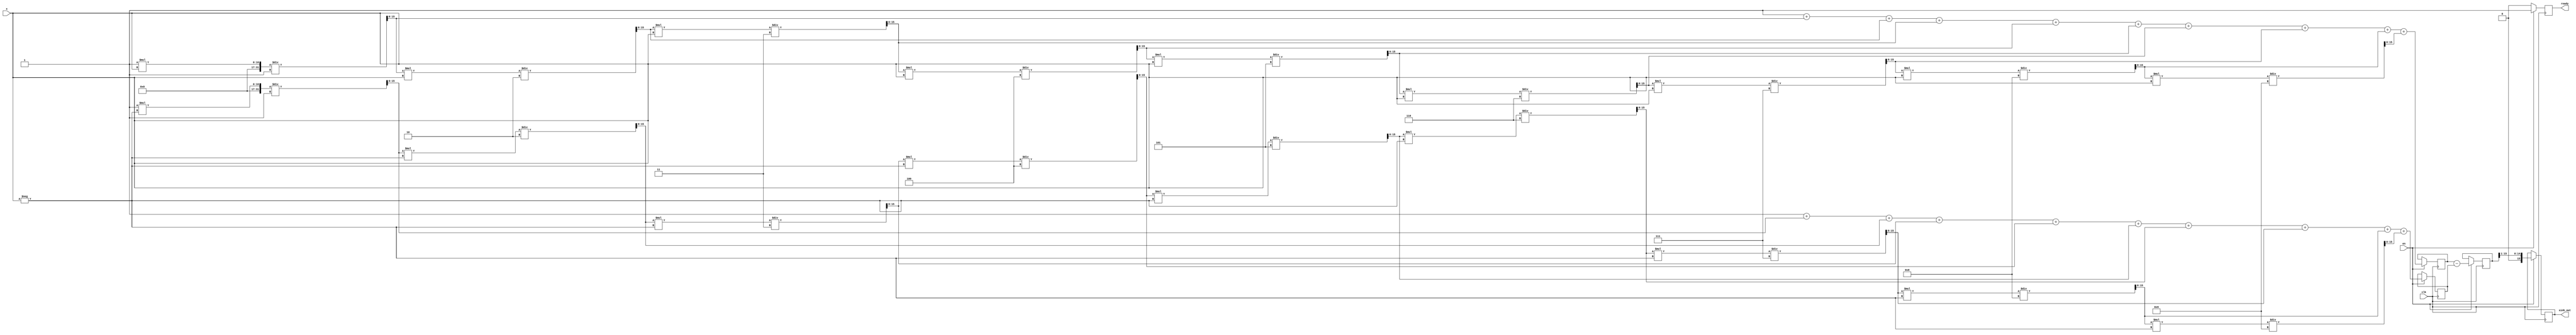
module sinh_arithmetic_block (
    input wire clk,
    input wire en,
    input wire [15:0] x,  // Input value in fixed-point representation
    output reg [15:0] sinh_out, // Output sinh value
    output reg ready // Signal to indicate output is valid
);

    // Internal registers
    reg [15:0] exp_x;
    reg [15:0] exp_neg_x;
    reg [15:0] sum;

    // Simple Taylor series approximation for e^x
    function [15:0] exp_taylor;
        input [15:0] x;
        reg [15:0] term;
        reg [15:0] result;
        integer i;
        begin
            result = 16'h0001; // e^0 = 1
            term = 16'h0001; // First term x^0 / 0!
            for (i = 1; i < 10; i = i + 1) begin // Limit to 10 terms for approximation
                term = (term * x) / i; // Calculate next term x^i / i!
                result = result + term;
            end
            exp_taylor = result;
        end
    endfunction

    always @(posedge clk) begin
        if (en) begin
            // Compute e^x and e^{-x}
            exp_x <= exp_taylor(x);
            exp_neg_x <= exp_taylor(-x); // For simplicity, use Taylor series for -x
            sum <= exp_x - exp_neg_x; // Calculate e^x - e^{-x}
            sinh_out <= sum >> 1; // Divide by 2 (right shift by 1)
            ready <= 1; // Indicate output is valid
        end else begin
            ready <= 0; // Ready is low when not enabled
        end
    end

endmodule